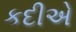
કદીએ